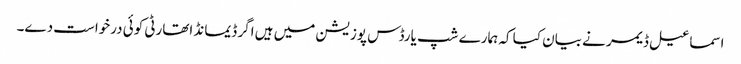
اسماعیل ڈیمر نے بیان کیا کہ ہمارے شپ یارڈس پوزیشن میں ہیں اگر ڈیمانڈ اتھارٹی کوئی درخواست دے۔